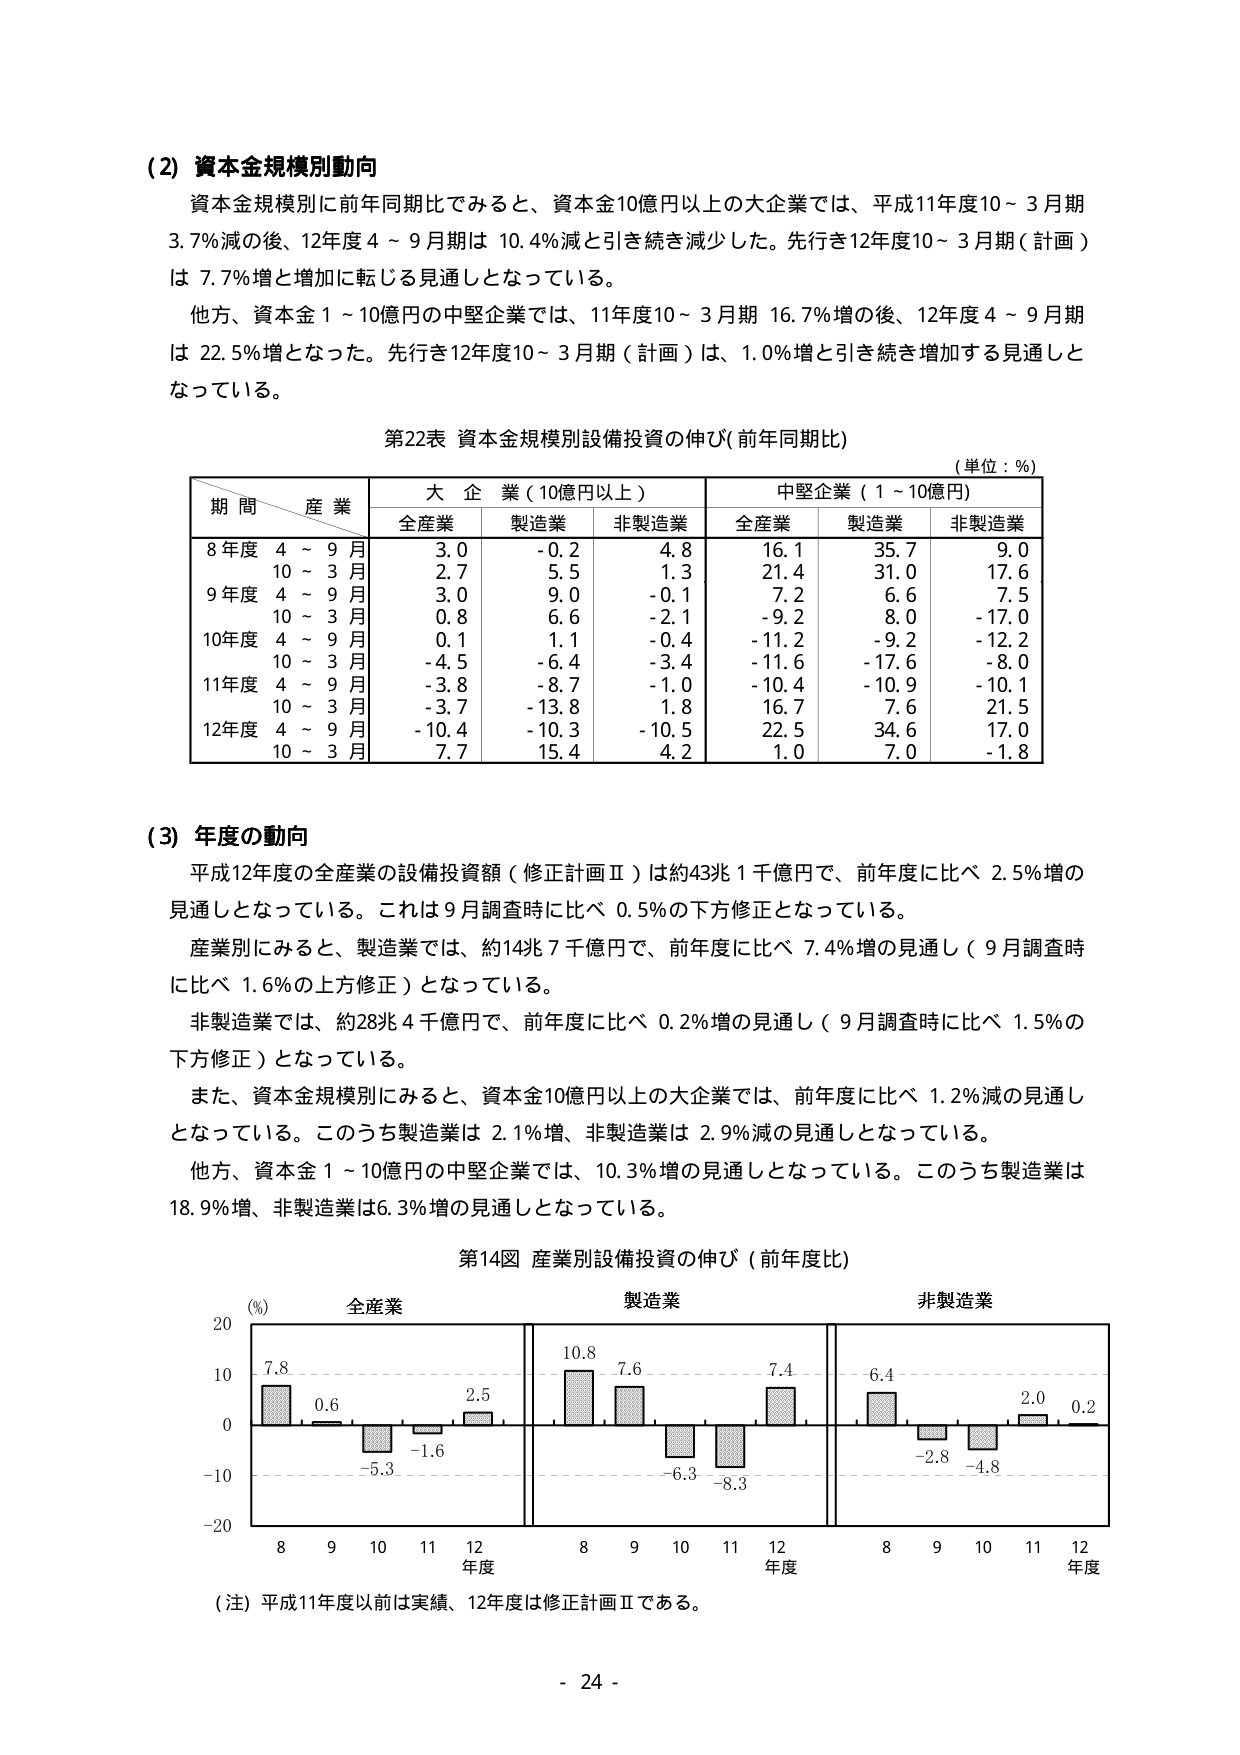
(2) 資本金規模別動向
資本金規模別に前年同期比でみると、資本金10億円以上の大企業では、平成11年度10～3月期3.7%減の後、12年度4～9月期は10.4%減と引き続き減少した。先行き12年度10～3月期（計画）は7.7%増と増加に転じる見通しとなっている。
他方、資本金1～10億円の中堅企業では、11年度10～3月期16.7%増の後、12年度4～9月期は22.5%増となった。先行き12年度10～3月期（計画）は、1.0%増と引き続き増加する見通しとなっている。

第22表 資本金規模別設備投資の伸び（前年同期比）
（単位：%）

| 期 間 / 産 業 | 大 企 業（10億円以上） | 中堅企業（1～10億円） |
|---------------|------------------------|------------------------|
|               | 全産業 | 製造業 | 非製造業 | 全産業 | 製造業 | 非製造業 |
| 8年度 4～9月 | 3.0 | -0.2 | 4.8 | 16.1 | 35.7 | 9.0 |
| 10～3月 | 2.7 | 5.5 | 1.3 | 21.4 | 31.0 | 17.6 |
| 9年度 4～9月 | 3.0 | 9.0 | -0.1 | 7.2 | 6.6 | 7.5 |
| 10～3月 | 0.8 | 6.6 | -2.1 | -9.2 | 8.0 | -17.0 |
| 10年度 4～9月 | 0.1 | 1.1 | -0.4 | -11.2 | -9.2 | -12.2 |
| 10～3月 | -4.5 | -6.4 | -3.4 | -11.6 | -17.6 | -8.0 |
| 11年度 4～9月 | -3.8 | -8.7 | -1.0 | -10.4 | -10.9 | -10.1 |
| 10～3月 | -3.7 | -13.8 | 1.8 | 16.7 | 7.6 | 21.5 |
| 12年度 4～9月 | -10.4 | -10.3 | -10.5 | 22.5 | 34.6 | 17.0 |
| 10～3月 | 7.7 | 15.4 | 4.2 | 1.0 | 7.0 | -1.8 |

(3) 年度の動向
平成12年度の全産業の設備投資額（修正計画Ⅱ）は約43兆1千億円で、前年度に比べ2.5%増の見通しとなっている。これは9月調査時に比べ0.5%の下方修正となっている。
産業別にみると、製造業では、約14兆7千億円で、前年度に比べ7.4%増の見通し（9月調査時に比べ1.6%の上方修正）となっている。
非製造業では、約28兆4千億円で、前年度に比べ0.2%増の見通し（9月調査時に比べ1.5%の下方修正）となっている。
また、資本金規模別にみると、資本金10億円以上の大企業では、前年度に比べ1.2%減の見通しとなっている。このうち製造業は2.1%増、非製造業は2.9%減の見通しとなっている。
他方、資本金1～10億円の中堅企業では、10.3%増の見通しとなっている。このうち製造業は18.9%増、非製造業は6.3%増の見通しとなっている。

第14図 産業別設備投資の伸び（前年度比）
（%）
全産業
製造業
非製造業

[グラフの数値]
全産業：
8年度：7.8
9年度：0.6
10年度：-5.3
11年度：-1.6
12年度：2.5

製造業：
8年度：10.8
9年度：7.6
10年度：-6.3
11年度：-8.3
12年度：7.4

非製造業：
8年度：6.4
9年度：-2.8
10年度：-4.8
11年度：2.0
12年度：0.2

（注）平成11年度以前は実績、12年度は修正計画Ⅱである。

- 24 -